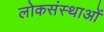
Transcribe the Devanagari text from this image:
लोकसंस्थाओं